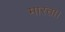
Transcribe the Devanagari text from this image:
मारता।